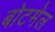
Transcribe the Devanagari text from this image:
बोटमेल